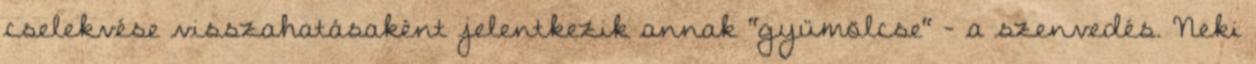
cselekvése visszahatásaként jelentkezik annak "gyümölcse" - a szenvedés. Neki